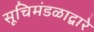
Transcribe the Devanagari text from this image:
सूचिमंडळाद्वारे